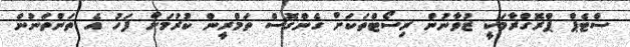
ސްޓެޕް ޕްރޮގްރާމަކީ ޒުވާނުން ރިސޯޓްތަކަށް ގެންގޮސް ތަމްރީން ކުރުމަށް ފަހު އެ ތަންތަނުން